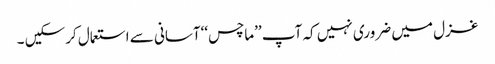
غزل میں ضروری نہیں کہ آپ ’’ماچس‘‘آسانی سے استعمال کرسکیں ۔